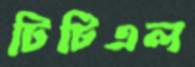
টিটিএল